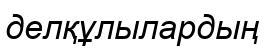
делқұлылардың